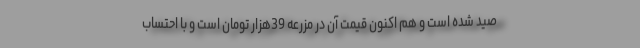
صید شده است و هم اکنون قیمت آن در مزرعه 39هزار تومان است و با احتساب